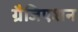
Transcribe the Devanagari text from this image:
ग्रैजिएशन